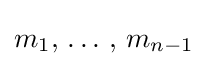
m_{1},\,\dots \,,\,m_{n-1}